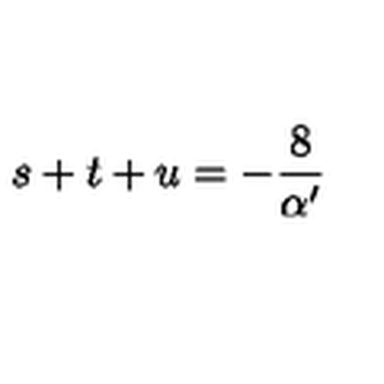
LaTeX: s + t + u = - \frac { 8 } { \alpha ^ { \prime } }